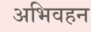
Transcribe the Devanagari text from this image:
अभिवहन